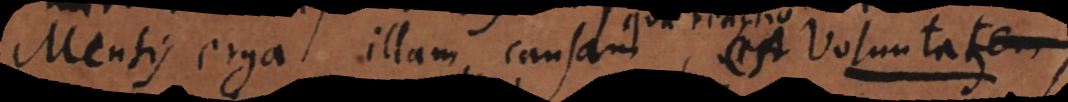
Mentis erga illam causam, seu Voluntatem,